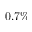
0 . 7 \%